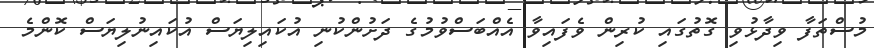
މުސްތަފާ ވިދާޅުވި ގޮތުގައި ކުރިން ވެފައިވާ އެއްބަސްވުމުގެ ދަށުންކުނި އުކައިލިޔަސް އުކައިނުލިޔަސް ކޮންމެ